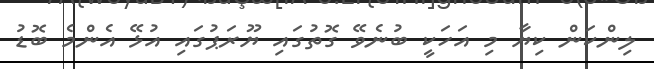
ލިންކަން ކިޔާ މި އަހަކީ ބުނެވޭ ގޮތުގައި ޔޫރަޕުގައި އުޅޭ އެންމެ ބޮޑު